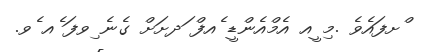
ްށފައެވެ .މި ީއ އެމްއެންޑީ ެއފް ަދށަށް ގެނެ ިވފަ ެއ ެވ.